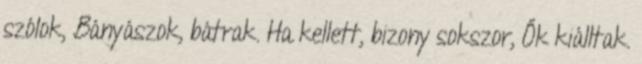
szólok, Bányászok, bátrak. Ha kellett, bizony sokszor, Ők kiálltak.